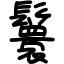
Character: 鬟